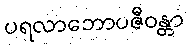
ပရလာဘောပဇီဝန္တာ